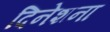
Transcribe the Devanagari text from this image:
दिनेशना